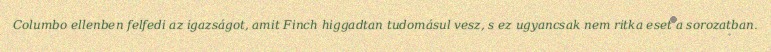
Columbo ellenben felfedi az igazságot, amit Finch higgadtan tudomásul vesz, s ez ugyancsak nem ritka eset a sorozatban.